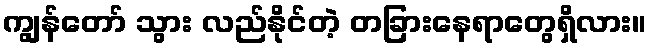
ကျွန်တော် သွား လည်နိုင်တဲ့ တခြားနေရာတွေရှိလား။